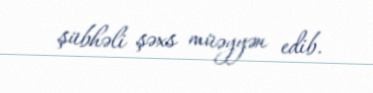
şübhəli şəxs müəyyən edib.